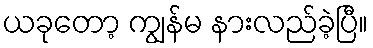
ယခုတော့ ကျွန်မ နားလည်ခဲ့ပြီ။